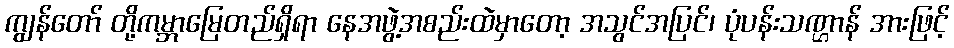
ကျွန်တော် တို့ကမ္ဘာမြေတည်ရှိရာ နေအဖွဲ့အစည်းထဲမှာတော့ အသွင်အပြင်၊ ပုံပန်းသဏ္ဌာန် အားဖြင့်